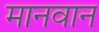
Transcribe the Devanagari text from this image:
मानवान